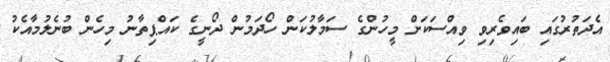
އެދަތުރުގައި ބައިވެރިވި ވިއްސަކަށް މީހުންގެ ސަމާލުކަން ހޯދަމުން ދޯނީގެ ކައްޕިތާނު މިހެން ބުނެލުމާއެކު